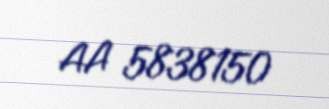
AA 5838150